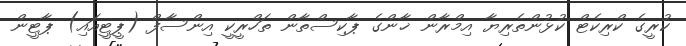
ކުރީގެ ކްރިކެޓް ކުޅުންތެރިޔާ އިމްރާން ޚާންގެ ޕާކިސްތާން ތަހްރީކީ އިންސާފް (ޕީޓީއައި) ޕާޓީން